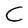
Character: C